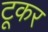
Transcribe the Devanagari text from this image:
टूकर